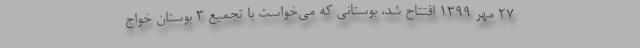
27 مهر 1399 افتتاح شد، بوستاني كه مي‌خواست با تجميع 3 بوستان خواج